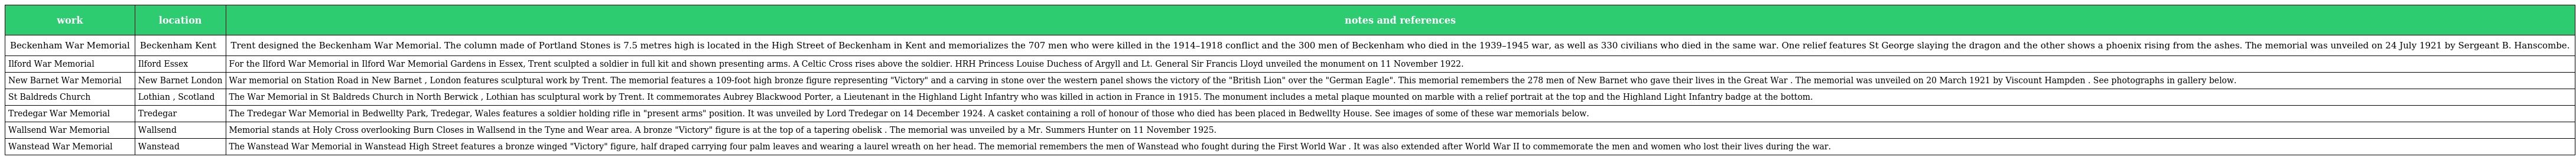
| work | location | notes and references |
 | --- | --- | --- |
 | Beckenham War Memorial | Beckenham Kent | Trent designed the Beckenham War Memorial. The column made of Portland Stones is 7.5 metres high is located in the High Street of Beckenham in Kent and memorializes the 707 men who were killed in the 1914–1918 conflict and the 300 men of Beckenham who died in the 1939–1945 war, as well as 330 civilians who died in the same war. One relief features St George slaying the dragon and the other shows a phoenix rising from the ashes. The memorial was unveiled on 24 July 1921 by Sergeant B. Hanscombe. |
 | Ilford War Memorial | Ilford Essex | For the Ilford War Memorial in Ilford War Memorial Gardens in Essex, Trent sculpted a soldier in full kit and shown presenting arms. A Celtic Cross rises above the soldier. HRH Princess Louise Duchess of Argyll and Lt. General Sir Francis Lloyd unveiled the monument on 11 November 1922. |
 | New Barnet War Memorial | New Barnet London | War memorial on Station Road in New Barnet , London features sculptural work by Trent. The memorial features a 109-foot high bronze figure representing "Victory" and a carving in stone over the western panel shows the victory of the "British Lion" over the "German Eagle". This memorial remembers the 278 men of New Barnet who gave their lives in the Great War . The memorial was unveiled on 20 March 1921 by Viscount Hampden . See photographs in gallery below. |
 | St Baldreds Church | Lothian , Scotland | The War Memorial in St Baldreds Church in North Berwick , Lothian has sculptural work by Trent. It commemorates Aubrey Blackwood Porter, a Lieutenant in the Highland Light Infantry who was killed in action in France in 1915. The monument includes a metal plaque mounted on marble with a relief portrait at the top and the Highland Light Infantry badge at the bottom. |
 | Tredegar War Memorial | Tredegar | The Tredegar War Memorial in Bedwellty Park, Tredegar, Wales features a soldier holding rifle in "present arms" position. It was unveiled by Lord Tredegar on 14 December 1924. A casket containing a roll of honour of those who died has been placed in Bedwellty House. See images of some of these war memorials below. |
 | Wallsend War Memorial | Wallsend | Memorial stands at Holy Cross overlooking Burn Closes in Wallsend in the Tyne and Wear area. A bronze "Victory" figure is at the top of a tapering obelisk . The memorial was unveiled by a Mr. Summers Hunter on 11 November 1925. |
 | Wanstead War Memorial | Wanstead | The Wanstead War Memorial in Wanstead High Street features a bronze winged "Victory" figure, half draped carrying four palm leaves and wearing a laurel wreath on her head. The memorial remembers the men of Wanstead who fought during the First World War . It was also extended after World War II to commemorate the men and women who lost their lives during the war. |